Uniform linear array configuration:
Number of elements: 24
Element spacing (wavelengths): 1
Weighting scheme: blackman
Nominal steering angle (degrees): -15
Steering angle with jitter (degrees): -16.371
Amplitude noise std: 0.05
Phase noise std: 0.05

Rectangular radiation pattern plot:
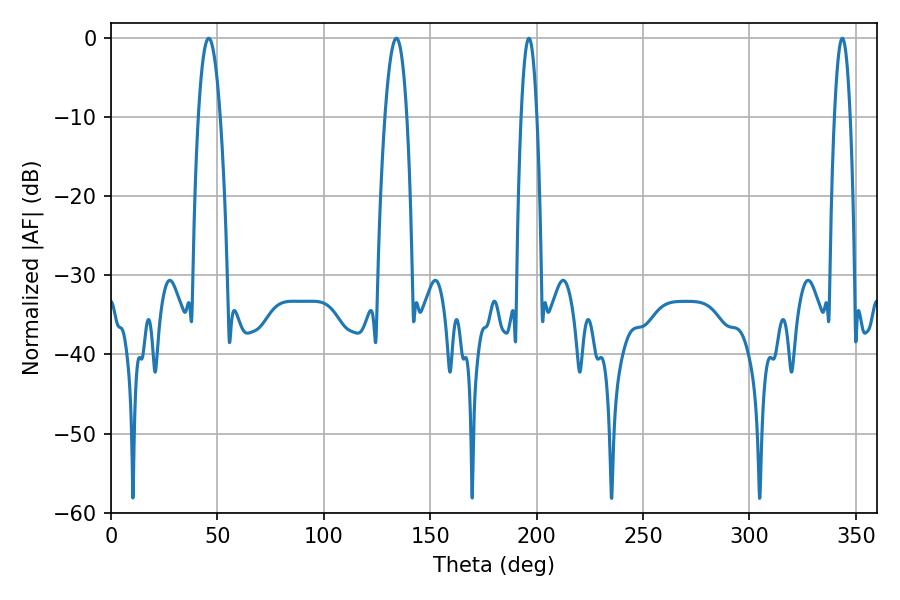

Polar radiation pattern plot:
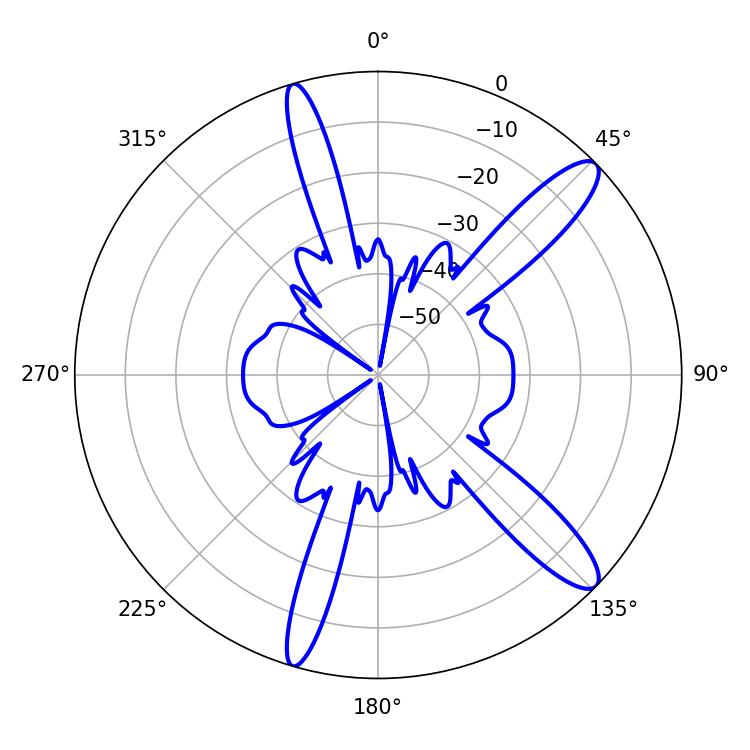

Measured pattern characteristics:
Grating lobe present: TRUE
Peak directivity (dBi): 12.591
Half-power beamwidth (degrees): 5.58
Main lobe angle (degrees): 45.9